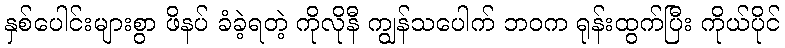
နှစ်ပေါင်းများစွာ ဖိနပ် ခံခဲ့ရတဲ့ ကိုလိုနီ ကျွန်သပေါက် ဘဝက ရုန်းထွက်ပြီး ကိုယ်ပိုင်